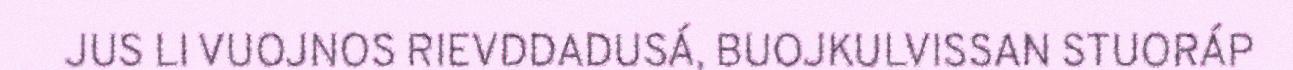
JUS LI VUOJNOS RIEVDDADUSÁ, BUOJKULVISSAN STUORÁP